Annual report of the Punjab Veterinary College and of the Civil Veterinary Department, Punjab - 1920-1925
Year: 1920
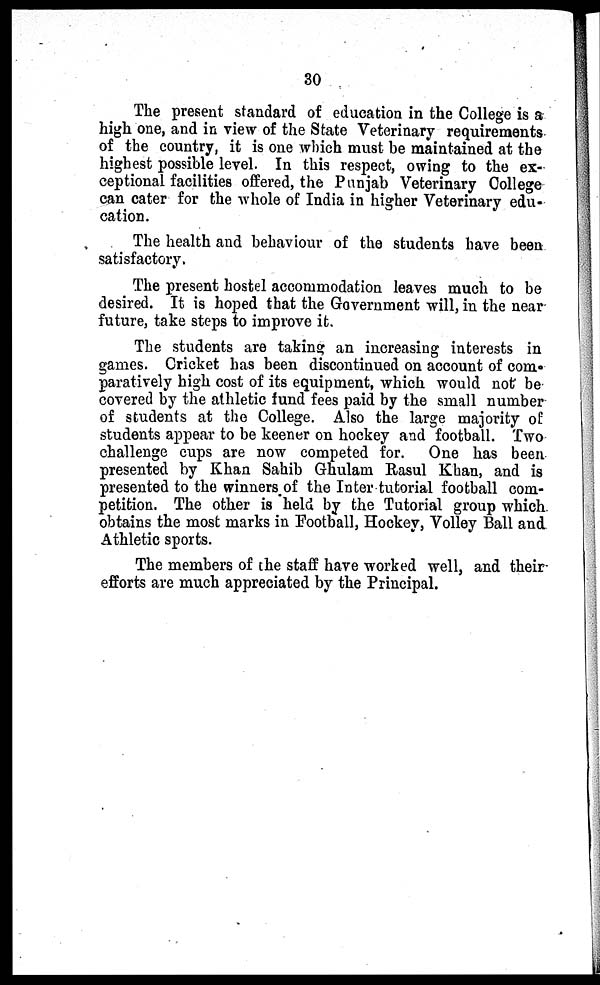
30
The present standard of education in the College is a
high one, and in view of the State Veterinary requirements
of the country, it is one which must be maintained at the
highest possible level. In this respect, owing to the ex-
ceptional facilities offered, the Punjab Veterinary College
can cater for the whole of India in higher Veterinary edu-
cation.
The health and behaviour of the students have been
satisfactory.
The present hostel accommodation leaves much to be
desired. It is hoped that the Government will, in the near
future, take steps to improve it.
The students are taking an increasing interests in
games. Cricket has been discontinued on account of com-
paratively high cost of its equipment, which would not be
covered by the athletic fund fees paid by the small number
of students at the College. Also the large majority of
students appear to be keener on hockey and football. Two
challenge cups are now competed for. One has been
presented by Khan Sahib Ghulam Rasul Khan, and is
presented to the winners of the Inter tutorial football com-
petition. The other is held by the Tutorial group which
obtains the most marks in Football, Hockey, Volley Ball and
Athletic sports.
The members of the staff have worked well, and their
efforts are much appreciated by the Principal.